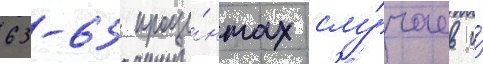
63-65 проце́нтах слу́чаев и́